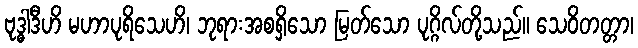
ဗုဒ္ဓါဒီဟိ မဟာပုရိသေဟိ၊ ဘုရားအစရှိသော မြတ်သော ပုဂ္ဂိလ်တို့သည်။ သေဝိတတ္တာ၊